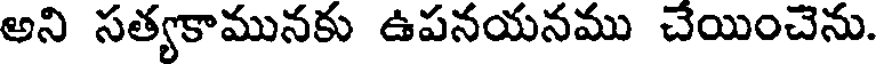
అని సత్యకామునకు ఉపనయనము చేయించెను.